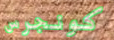
كونجرس